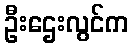
ဦးဌေးလွင်က